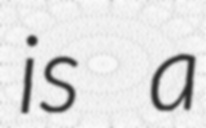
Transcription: is a